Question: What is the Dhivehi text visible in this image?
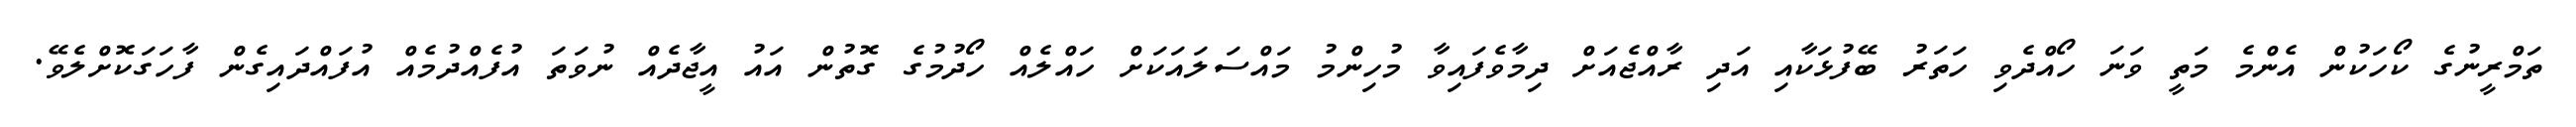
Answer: ތަމްރީނުގެ ކޯހަކުން އެންމެ މަތީ ވަނަ ހޯއްދެވި ހަތަރު ބޭފުޅަކާއި އަދި ރާއްޖެއަށް ދިމާވެފައިވާ މުހިންމު މައްސަލައަކަށް ހައްލެއް ހޯދުމުގެ ގޮތުން އައު އީޖާދެއް ނުވަތަ އުފެއްދުމެއް އުފައްދައިގެން ފާހަގަކޮށްލެވޭ.